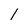
Character: l